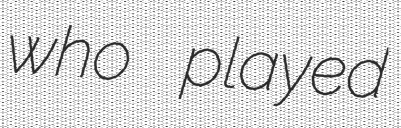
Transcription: who played